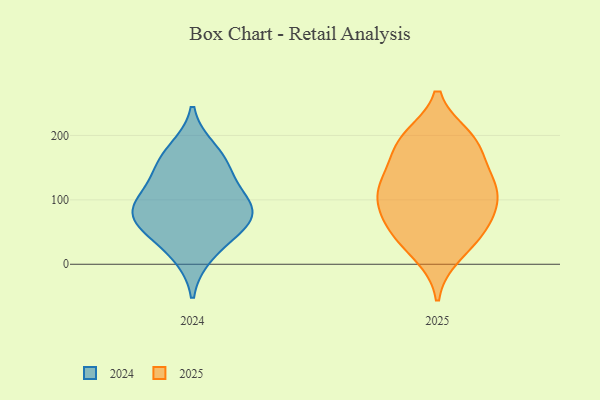
{"axis": {"x": "Website Visitors", "y": "Value"}, "legend": ["2024", "2025"], "data": [{"x": "", "y": 189, "type": "2025"}, {"x": "", "y": 16, "type": "2025"}, {"x": "", "y": 34, "type": "2025"}, {"x": "", "y": 190, "type": "2025"}, {"x": "", "y": 62, "type": "2025"}, {"x": "", "y": 116, "type": "2025"}, {"x": "", "y": 121, "type": "2025"}, {"x": "", "y": 100, "type": "2025"}, {"x": "", "y": 98, "type": "2025"}, {"x": "", "y": 196, "type": "2025"}, {"x": "", "y": 58, "type": "2025"}, {"x": "", "y": 63, "type": "2025"}, {"x": "", "y": 180, "type": "2025"}, {"x": "", "y": 135, "type": "2025"}, {"x": "", "y": 125, "type": "2025"}, {"x": "", "y": 54, "type": "2024"}, {"x": "", "y": 74, "type": "2024"}, {"x": "", "y": 91, "type": "2024"}, {"x": "", "y": 177, "type": "2024"}, {"x": "", "y": 15, "type": "2024"}, {"x": "", "y": 156, "type": "2024"}, {"x": "", "y": 143, "type": "2024"}, {"x": "", "y": 59, "type": "2024"}, {"x": "", "y": 102, "type": "2024"}, {"x": "", "y": 89, "type": "2024"}]}